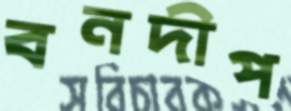
বনদীপ